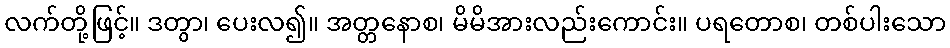
လက်တို့ဖြင့်။ ဒတွာ၊ ပေးလ၍။ အတ္တနောစ၊ မိမိအားလည်းကောင်း။ ပရတောစ၊ တစ်ပါးသော